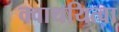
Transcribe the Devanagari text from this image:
क्वाथयित्वा